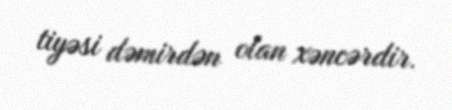
tiyəsi dəmirdən olan xəncərdir.